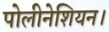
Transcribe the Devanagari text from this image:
पोलीनेशियन।